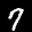
Label: 7